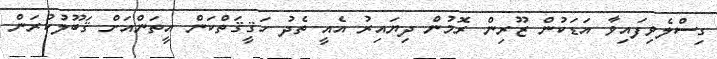
ގިސްލެވިފައިވާ އަޑަކުން ޒޫރިން ރޮމުން ދިޔައިރު އެއީ ތެދު ހަޤީޤަތްކަން އީތަންއަށް ޤަބޫލުކުރަން